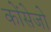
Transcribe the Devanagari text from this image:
कोंसेजो